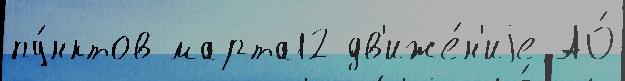
пу́нктов марта12 дв'иже́н'иjе АО́